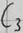
Text: C3